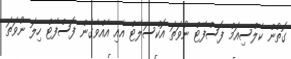
ގޮތުން ކެލްސިއަމް ފޮސްފޭޓް ނުވަތަ އޮކްސަލޭޓް އާއި އެއްވެގެން ފޮސްފޭޓް ހިލަ ނުވަތަ